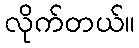
လိုက်တယ်။